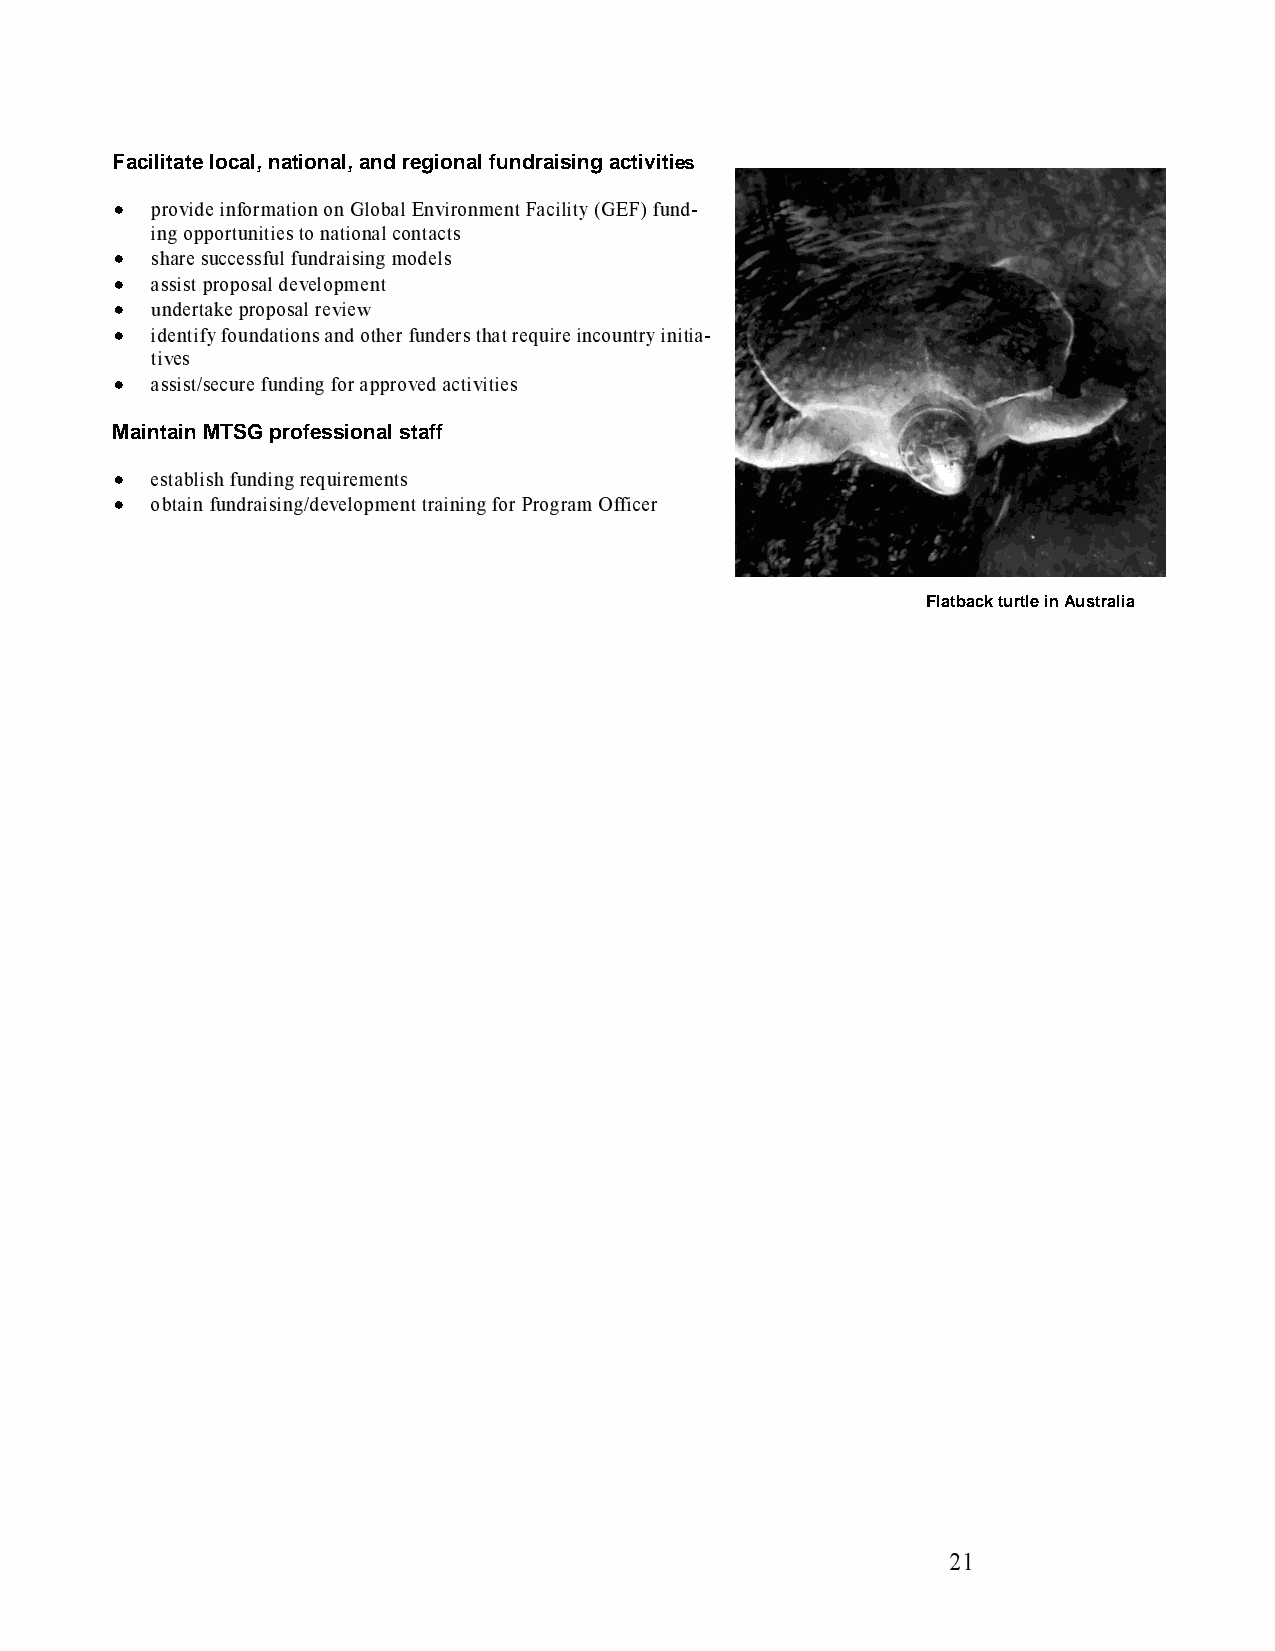
Facilitate local, national, and regional fundraising activities
 provide information on Global Environment Facility (GEF) fund-
 • ing opportunities to national contacts
 share successful fundraising models
 • assist proposal development
 • undertake proposal review
 • identify foundations and other funders that require incountry initia-
 • tives
 assist/secure funding for approved activities
 •
 Maintain MTSG professional staff
 establish funding requirements
 • obtain fundraising/development training for Program Officer
 •
 Flatback turtle in Australia
 21